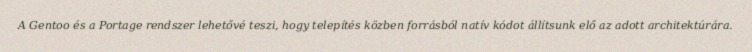
A Gentoo és a Portage rendszer lehetővé teszi, hogy telepítés közben forrásból natív kódot állítsunk elő az adott architektúrára.